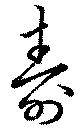
寿